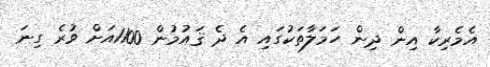
އެމެރިކާ އިން ދިން ހަމަލާތަކުގައި އެ ދެ ޤައުމުން 1100އަށް ވުރެ ގިނަ